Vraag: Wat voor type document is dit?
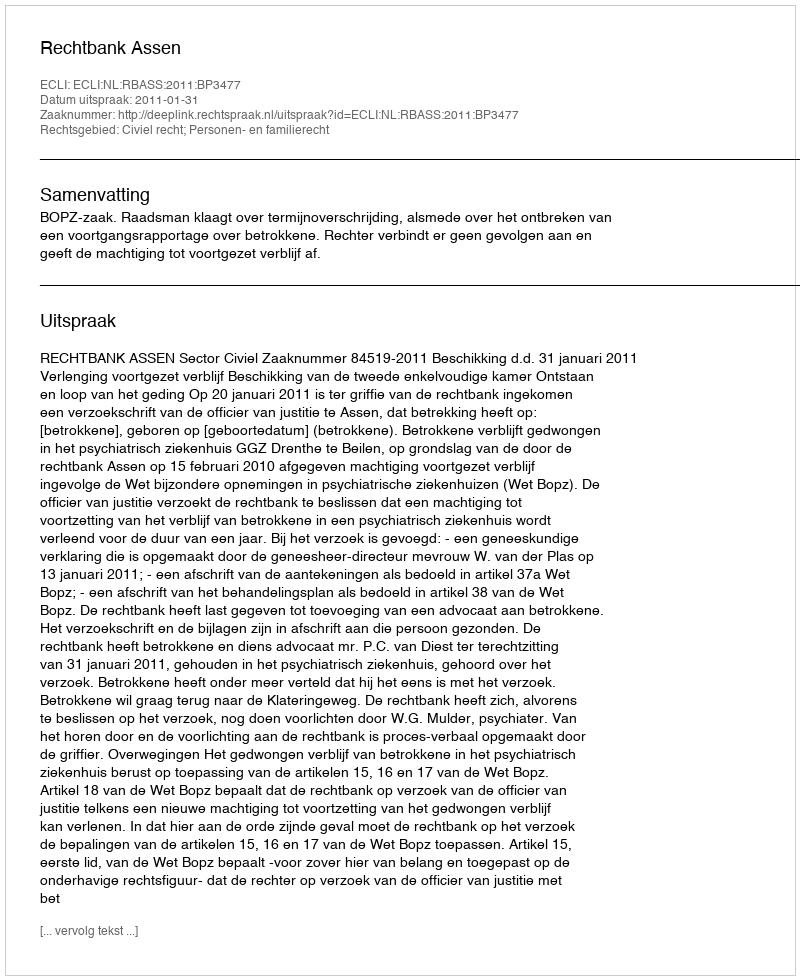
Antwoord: Uitspraak